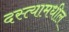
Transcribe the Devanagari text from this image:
दस्त्यामधील